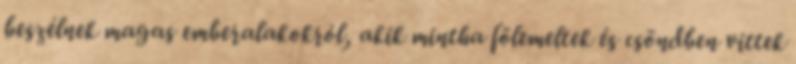
beszélnek magas emberalakokról, akik mintha fölemeltek és csöndben vittek